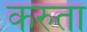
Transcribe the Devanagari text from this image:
करुता